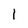
Character: I